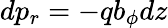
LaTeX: \displaystyle{dp_{r}=-qb_{\phi}dz}